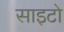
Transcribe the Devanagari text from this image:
साइटो